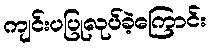
ကျင်းပပြုလုပ်ခဲ့ကြောင်း